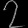
Digit: ၇